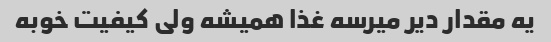
یه مقدار دیر میرسه غذا همیشه ولی کیفیت خوبه